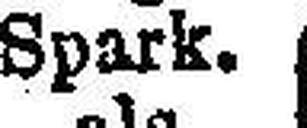
Spark.